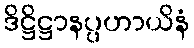
ဒိဋ္ဌိဋ္ဌာနပ္ပဟာယိနံ